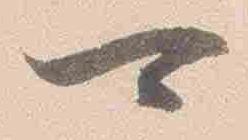
可